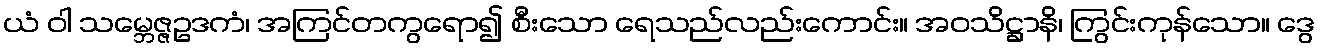
ယံ ဝါ သမ္ဘေဇ္ဇဥဒကံ၊ အကြင်တကွရော၍ စီးသော ရေသည်လည်းကောင်း။ အဝသိဋ္ဌာနိ၊ ကြွင်းကုန်သော။ ဒွေ